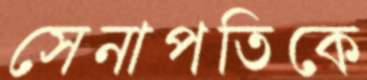
সেনাপতিকে